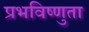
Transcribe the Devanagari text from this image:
प्रभविष्णुता